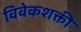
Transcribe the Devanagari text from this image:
विवेकशक्ती